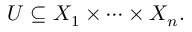
U \subseteq X _ { 1 } \times \cdots \times X _ { n } .